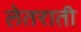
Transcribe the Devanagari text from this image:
लेतराती